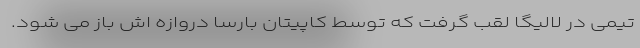
تیمی در لالیگا لقب گرفت که توسط کاپیتان بارسا دروازه اش باز می شود.